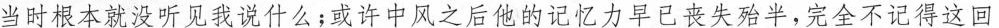
当时根本就没听见我说什么;或许中风之后他的记忆力早已丧失殆半,完全不记得这回